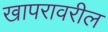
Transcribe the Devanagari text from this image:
खापरावरील